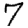
Digit: 7